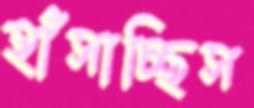
হাঁসাচ্ছিস